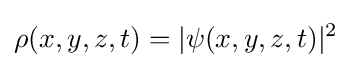
\rho (x,y,z,t)=|\psi (x,y,z,t)|^{2}